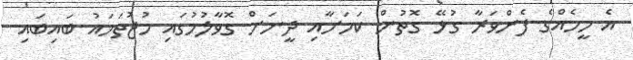
އެ މީހެއްގެ ފެންވަރާ ގުޅޭ ގޮތުން ކަމަަށާއި ދީނަށް ގޮވާލުމުގައި މުޖުތަމައު ބައިބައި